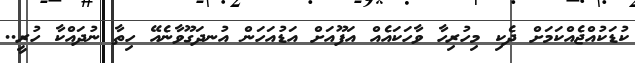
ކުޑަކުއްޖެއްކަމަށް ދެކި މިހުރިހާ ވާހަކައެއް އަފޫއަށް އަޑުއަހަން އުނދަގޫވާނެއޭ ހިތާ ނުދައްކާ ހުރީ..